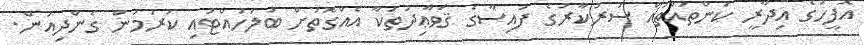
އޮފީހުގެ އިދާރީ ކަންތައްތައް ސަރުކާރުގެ ފައިސާގެ ޤަވާޢިދުތަކާ އެއްގޮތަށް ބަލަހައްޓައި ކުރަމުން ގެންދިއުން.